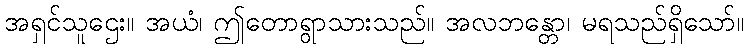
အရှင်သူဌေး။ အယံ၊ ဤတောရွာသားသည်။ အလဘန္တော၊ မရသည်ရှိသော်။